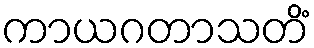
ကာယဂတာသတိံ